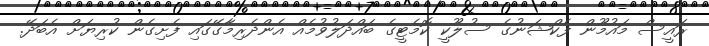
ރައީސް މައުމޫން ފެކްޝަނުގެ ސުލޫކީ ކޮމެޓީގެ ބައްދަލުވުމެއް އެންދެރިމާގޭގައި ފެށިގެން ކުރިޔަށް އެބަދޭ.